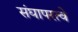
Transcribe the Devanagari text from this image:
संघापरत्वे